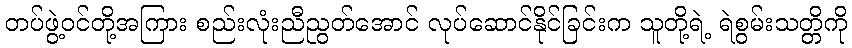
တပ်ဖွဲ့ဝင်တို့အကြား စည်းလုံးညီညွတ်အောင် လုပ်ဆောင်နိုင်ခြင်းက သူတို့ရဲ့ ရဲစွမ်းသတ္တိကို